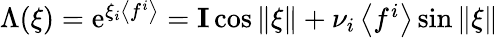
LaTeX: \Lambda(\xi)=\textstyle{\mathrm{e}^{\xi_{i}\left<f^{i}\right>}={\mathbf{I}}\cos\| \xi\| +\nu_{i}\left<f^{i}\right>}\sin\| \xi\|